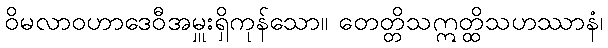
ဝိမလာဝဟာဒေဝီအမှူးရှိကုန်သော။ တေတ္တိသဣတ္ထိသဟဿာနံ၊